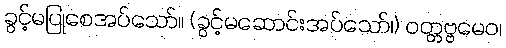
ခွင့်မပြုစေအပ်သော်။ (ခွင့်မဆောင်းအပ်သော်၊) ဝတ္တဗ္ဗမေဝ၊